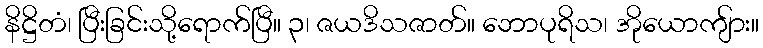
နိဋ္ဌိတံ၊ ပြီးခြင်းသို့ရောက်ပြီ။ ၃၊ ဇယဒိသဇာတ်။ ဘောပုရိသ၊ အိုယောကျ်ား။